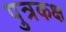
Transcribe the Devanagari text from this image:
पुत्रकक्ष